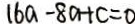
1 6 a - 8 a + c = 0